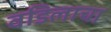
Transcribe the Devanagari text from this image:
वडिलाचा